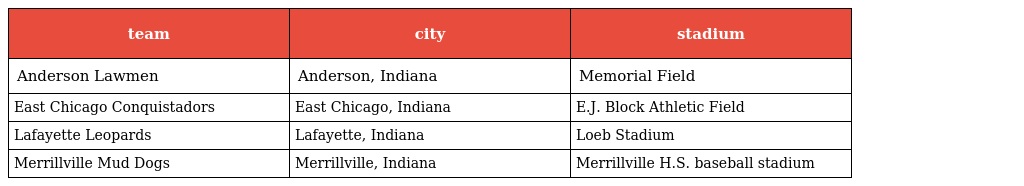
| team | city | stadium |
 | --- | --- | --- |
 | Anderson Lawmen | Anderson, Indiana | Memorial Field |
 | East Chicago Conquistadors | East Chicago, Indiana | E.J. Block Athletic Field |
 | Lafayette Leopards | Lafayette, Indiana | Loeb Stadium |
 | Merrillville Mud Dogs | Merrillville, Indiana | Merrillville H.S. baseball stadium |